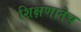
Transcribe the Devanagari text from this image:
शिक्षणानेच